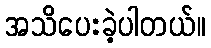
အသိပေးခဲ့ပါတယ်။